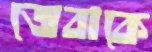
জেবাকে